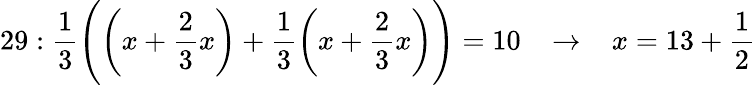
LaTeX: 29:{\frac{1}{3}}{\Bigg(}{\bigg(}x+{\frac{2}{3}}x{\bigg)}+{\frac{1}{3}}{\bigg(}x+{\frac{2}{3}}x{\bigg)}{\Bigg)}=10\; \; \; \rightarrow\; \; \; x=13+{\frac{1}{2}}